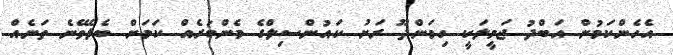
އެހެންކަމުން އަބްދު ޖަމީލަކީ ހިމަންދޫ ރަށު ކައުންސިލްގެ މެންބަރެއް ކަމަށް ބެލެވޭނެ ތަނެއް